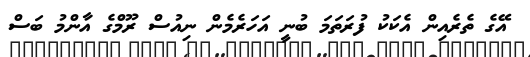
އޭގެ ތެރެއިން އެކަކު ފުރަތަމަ ބުނީ އަހަރެމެން ނިއުސް ރޫމްގެ އާންމު ބަސް